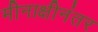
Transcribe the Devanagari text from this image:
मीनाक्षीनंतर